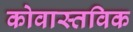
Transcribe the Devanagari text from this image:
कोवास्तविक